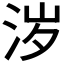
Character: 𰛦